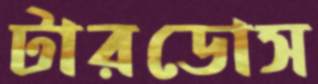
টারডোস